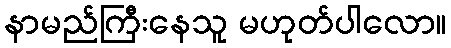
နာမည်ကြီးနေသူ မဟုတ်ပါလော။